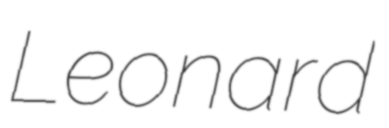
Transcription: Leonard